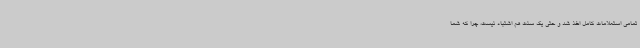
تمامی استعلامات کامل اخذ شد و حتی یک سنت هم اشتباه نیست، چرا که شما